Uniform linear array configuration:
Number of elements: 48
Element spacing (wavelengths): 1
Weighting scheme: exponential
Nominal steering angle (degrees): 0
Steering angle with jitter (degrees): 1.072
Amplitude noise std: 0.05
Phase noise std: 0.05

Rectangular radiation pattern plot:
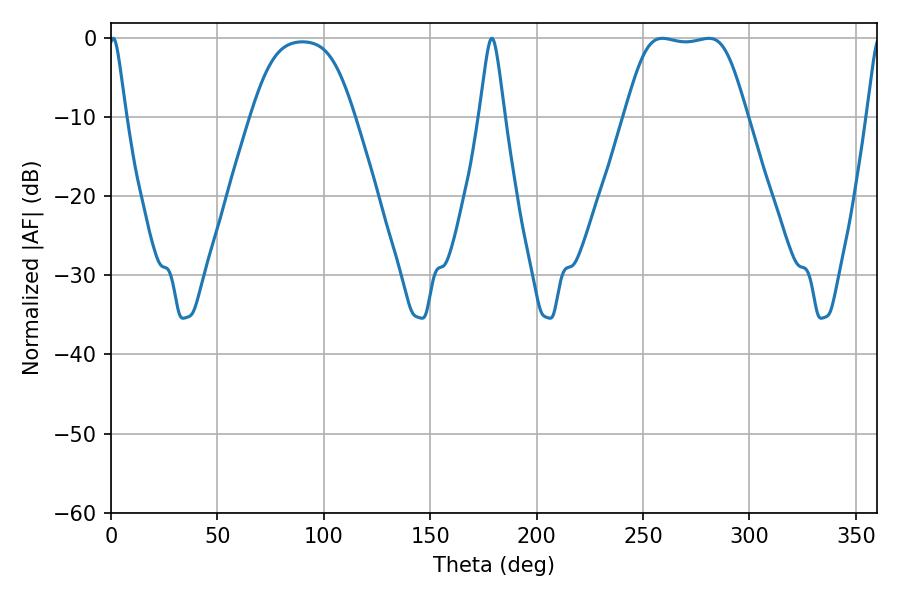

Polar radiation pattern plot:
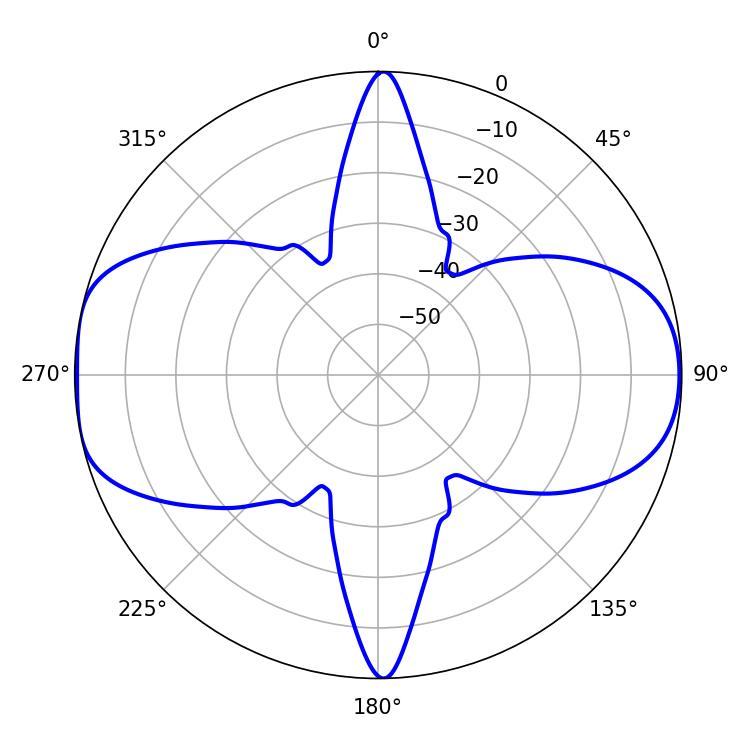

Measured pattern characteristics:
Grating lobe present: TRUE
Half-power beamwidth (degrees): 42.48
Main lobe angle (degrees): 259.02